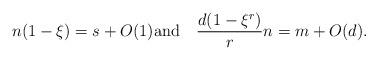
LaTeX: \begin{align*} n(1-\xi) = s +O(1) \hbox{and\quad} \frac{d(1-\xi^r)}{r} n = m+O(d).\end{align*}